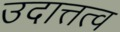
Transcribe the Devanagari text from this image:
उदात्तत्व